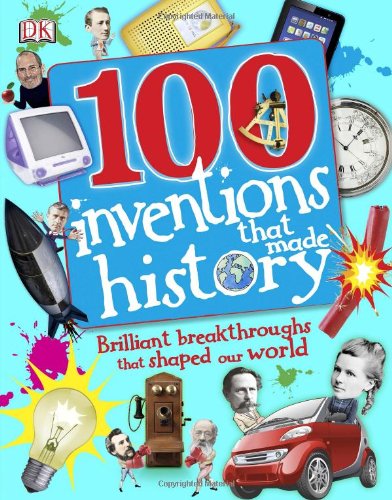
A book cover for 100 Inventions That Made History; DK Publishing; Children's Books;